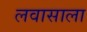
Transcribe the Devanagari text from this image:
लवासाला